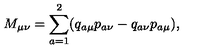
M _ { \mu \nu } = \sum _ { a = 1 } ^ { 2 } ( q _ { a \mu } p _ { a \nu } - q _ { a \nu } p _ { a \mu } ) { , }